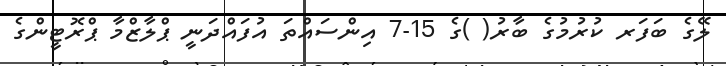
ލޭގެ ބަފަރ ކުރުމުގެ ބާރު( )ގެ 15-7 އިންސައްތަ އުފައްދަނީ ޕްލާޒްމާ ޕްރޮޓީންގެ